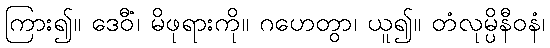
ကြား၍။ ဒေဝီံ၊ မိဖုရားကို။ ဂဟေတွာ၊ ယူ၍။ တံလုမ္ပိနီဝနံ၊